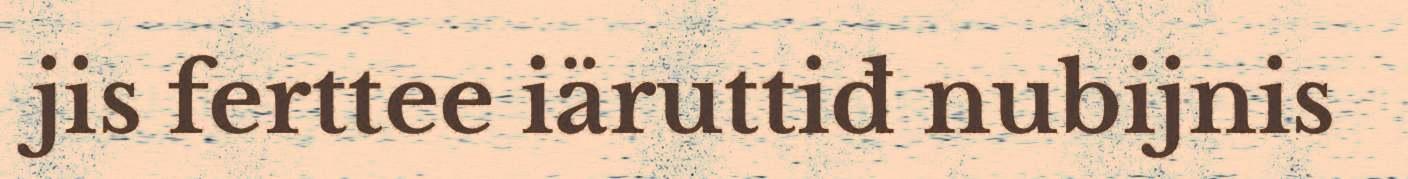
jis ferttee iäruttiđ nubijnis